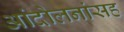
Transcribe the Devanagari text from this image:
आंदोलनांसह